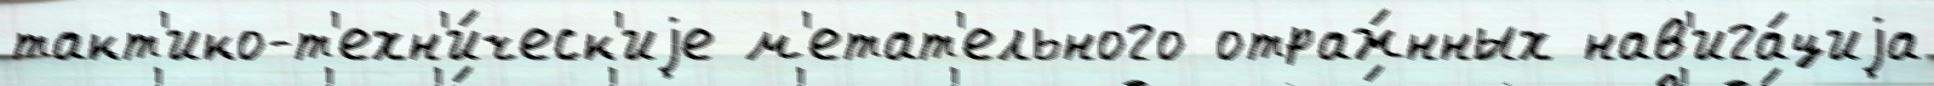
такт'ико-т'ехн'и́ческ'иjе м'етат'ельного отраж́нных нав'ига́циjа